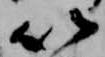
以